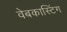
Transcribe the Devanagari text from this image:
वेबकास्टिंग